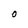
Character: O